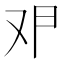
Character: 𰆶